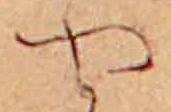
や